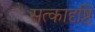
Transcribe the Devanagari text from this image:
सत्कादृष्टि